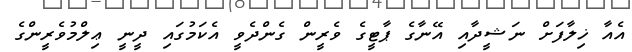
އެއާ ޚިލާފަށް ނަޝީދާއި އޭނާގެ ޕާޓީގެ ވެރީން ގެންދެވީ އެކަމުގައި ދީނީ ޢިލްމުވެރީންގެ